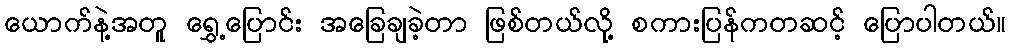
ယောက်နဲ့အတူ ရွှေ့ပြောင်း အခြေချခဲ့တာ ဖြစ်တယ်လို့ စကားပြန်ကတဆင့် ပြောပါတယ်။